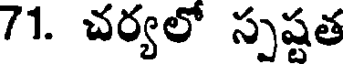
71. చర్యలో స్పష్టత